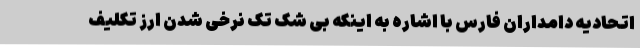
اتحادیه دامداران فارس با اشاره به اینکه بی شک تک نرخی شدن ارز تکلیف